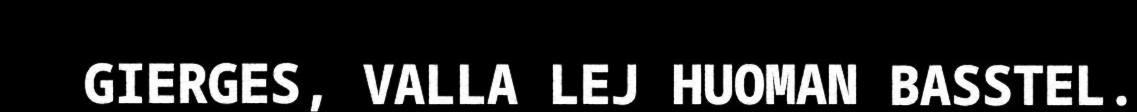
GIERGES, VALLA LEJ HUOMAN BASSTEL.